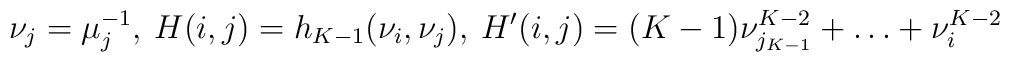
\nu_{j}=\mu_{j}^{-1}, \: H(i,j)=h_{K-1}(\nu_{i},\nu_{j}), \: H'(i,j)=(K-1)\nu_{j_{K-1}}^{K-2}+\ldots+\nu_{i}^{K-2}